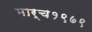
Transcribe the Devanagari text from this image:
मार्च१९७९